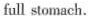
full stomach.